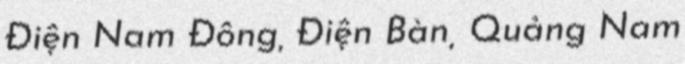
Điện Nam Đông, Điện Bàn, Quảng Nam